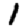
Digit: 1